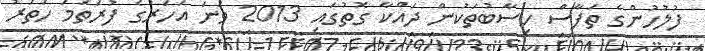
ފުލުހުންގެ ތަފާސް ހިސާބުތަކުން ދައްކާ ގޮތުގައި 2013 ވަނަ އަހަރުގެ ފުރަތަމަ ހަތަރު